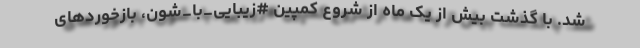
شد. با گذشت بیش از یک ماه از شروع کمپین #زیبایی_با_شون، بازخوردهای